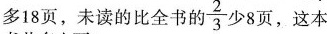
多18页，未读的比全书的\frac{2}{3}少8页，这本